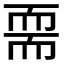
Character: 𦓔